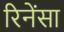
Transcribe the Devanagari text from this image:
रिनेंसा